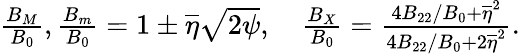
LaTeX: \begin{array}{r}{\frac{B_{M}}{B_{0}},\frac{B_{m}}{B_{0}}=1\pm\overline{{\eta}}\sqrt{2\psi},\quad\frac{B_{X}}{B_{0}}=\frac{4B_{22}/B_{0}+\overline{{\eta}}^{2}}{4B_{22}/B_{0}+2\overline{{\eta}}^{2}}.}\end{array}